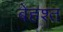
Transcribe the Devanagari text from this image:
बेहश्त